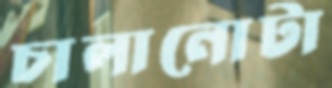
চালানোটা